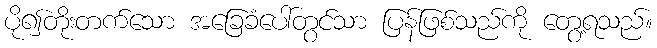
ပို၍တိုးတက်သော အခြေခံပေါ်တွင်သာ ပြန်ဖြစ်သည်ကို တွေ့ရသည်။